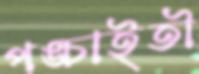
পঙ্চাইতী